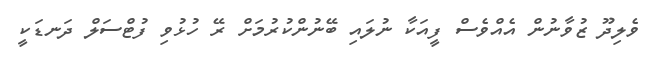
ވެލިދޫ ޒުވާނުން އެއްވެސް ފީއަކާ ނުލައި ބޭނުންކުރުމަށް ރޭ ހުޅުވި ފުޓްސަލް ދަނޑަކީ